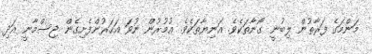
މަންމަގެ ފަރާތުން ލިބުނީ ގޯނާތަކެވެ. އަނިޔާތަކެވެ. އުމުރުން ނުވަ އަހަރުންފެށިގެން ޖިސްމާނީ އަދި